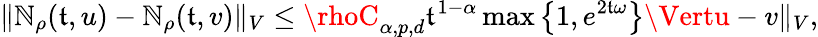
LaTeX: \Vert\mathbb{N}_{\rho}(\mathfrak{t},u)-\mathbb{N}_{\rho}(\mathfrak{t},v)\Vert_{V}\leq\rhoC_{\alpha,p,d}\mathfrak{t}^{1-\alpha}\operatorname*{max}\left\{ 1,e^{2\mathfrak{t}\omega}\right\} \Vertu-v\Vert_{V},